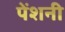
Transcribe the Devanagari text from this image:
पेंशनी